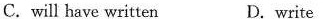
C. will have written D. write